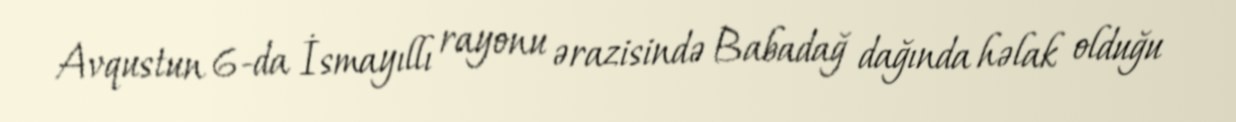
Avqustun 6-da İsmayıllı rayonu ərazisində Babadağ dağında həlak olduğu